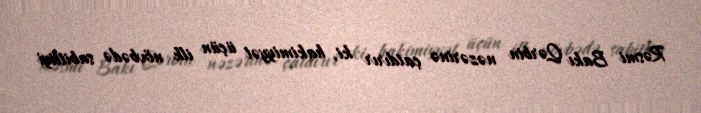
Rəsmi Bakı Qərbin nəzərinə çatdırır ki, hakimiyyət üçün ilk növbədə sabitliyi